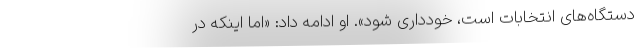
دستگاه‌های انتخابات است، خودداری شود». او ادامه داد: «اما اینکه در